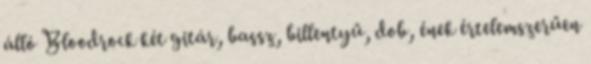
álló Bloodrock két gitár, bassz, billentyű, dob, ének értelemszerűen